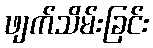
ဖျက်သိမ်းခြင်း